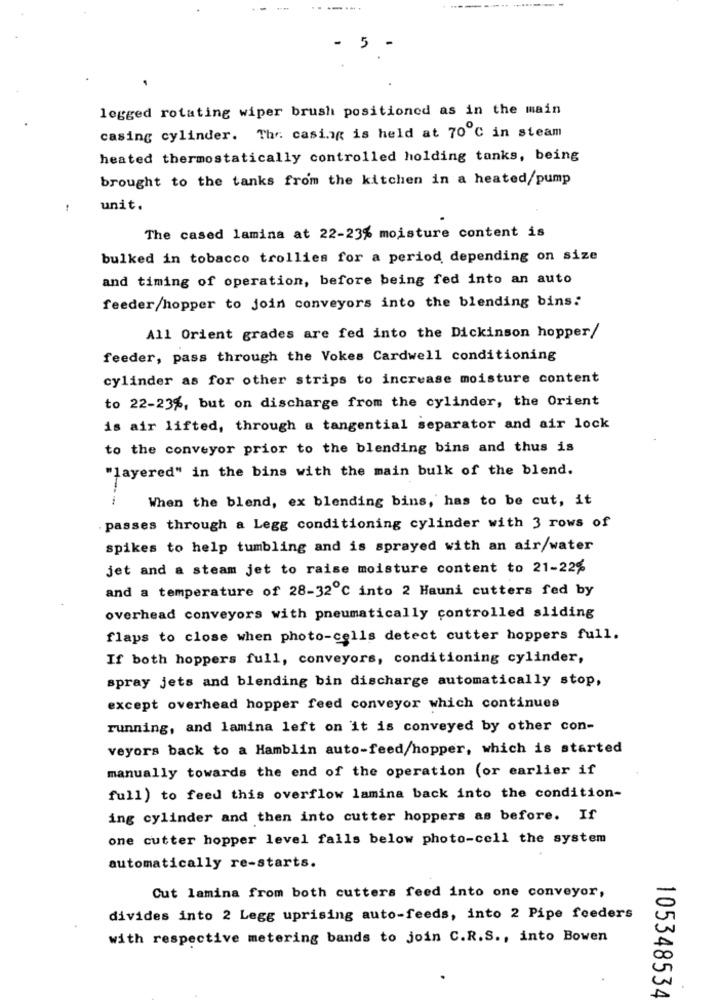
legged rotating wiper brush positioned as in the main
casing cylinder. The casing is held at 70 ℃ in steam
heated thermostatically controlled holding tanks, being
brought to the tanks from the kitchen in a heated/pump
unit.
The cased lamina at 22-23% moisture content is
bulked in tobacco trollies for a period depending on size
and timing of operation, before being fed into an auto
feeder/hopper to join conveyors into the blending bins:
All Orient grades are fed into the Dickinson hopper/
feeder, pass through the Vokes Cardwell conditioning
cylinder as for other strips to increase moisture content
to 22-23%, but on discharge from the cylinder, the Orient
is air lifted, through a tangential separator and air lock
to the conveyor prior to the blending bins and thus is
"layered" in the bins with the main bulk of the blend.
When the blend, ex blending bins, has to be cut, it
passes through a Legg conditioning cylinder with 3 rows of
spikes to help tumbling and is sprayed with an air/water
jet and a steam jet to raise moisture content to 21-22%
and a temperature of 28-32℃ into 2 Hauni cutters fed by
overhead conveyors with pneumatically controlled sliding
flaps to close when photo-cells detect cutter hoppers full.
If both hoppers full, conveyors, conditioning cylinder,
spray jets and blending bin discharge automatically stop,
except overhead hopper feed conveyor which continues
running, and lamina left on it is conveyed by other con-
veyors back to a Hamblin auto-feed/hopper, which is started
manually towards the end of the operation (or earlier if
full) to feed this overflow lamina back into the condition-
ing cylinder and then into cutter hoppers as before. If
one cutter hopper level falls below photo-cell the system
automatically re-starts.
Cut lamina from both cutters feed into one conveyor,
divides into 2 Legg uprising auto-feeds, into 2 Pipe feeders
with respective metering bands to join C.R.S ., into Bowen
105348534